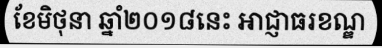
ខែមិថុនា ឆ្នាំ២០១៨នេះ អាជ្ញាធរខណ្ឌ